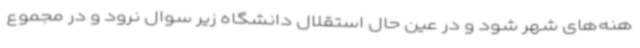
هنه‌های شهر شود و در عین حال استقلال دانشگاه زیر سوال نرود و در مجموع